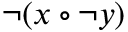
\lnot ( x \circ \lnot y )